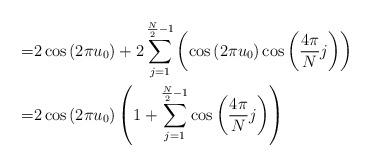
LaTeX: \begin{align*} \begin{aligned} = & 2\cos\left(2\pi u_{0}\right)+2\sum_{j=1}^{\frac{N}{2}-1} \left(\cos\left(2\pi u_{0}\right)\cos\left(\frac{4\pi}{N}j\right)\right) \\ = & 2\cos\left(2\pi u_{0}\right)\left(1+\sum_{j=1}^{\frac{N}{2}-1}\cos\left(\frac{4\pi}{N}j\right)\right)\end{aligned}\end{align*}